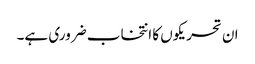
ان تحریکوں کا انتخاب ضروری ہے۔